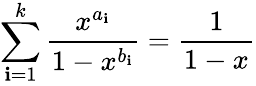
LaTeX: \sum\limits_{\mathbf{i}=1}^{k}\frac{{x^{a_{\mathbf{i}}}}}{{1-x^{b_{\mathbf{i}}}}}=\frac{{1}}{{1-x}}